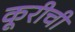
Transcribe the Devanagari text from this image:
कूरीची